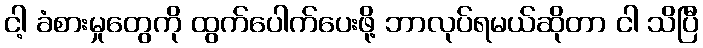
ငါ့ ခံစားမှုတွေကို ထွက်ပေါက်ပေးဖို့ ဘာလုပ်ရမယ်ဆိုတာ ငါ သိပြီ